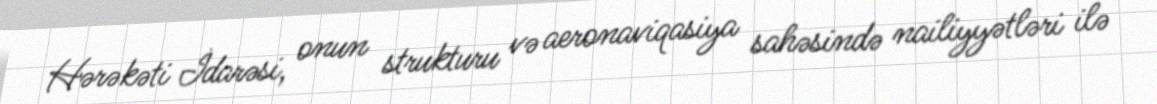
Hərəkəti İdarəsi, onun strukturu və aeronaviqasiya sahəsində nailiyyətləri ilə